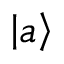
\left\vert a \right\rangle